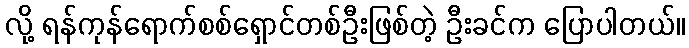
လို့ ရန်ကုန်ရောက်စစ်ရှောင်တစ်ဦးဖြစ်တဲ့ ဦးခင်က ပြောပါတယ်။